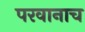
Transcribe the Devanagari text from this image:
परवानाच